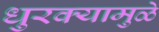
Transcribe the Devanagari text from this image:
धुरक्यामुळे